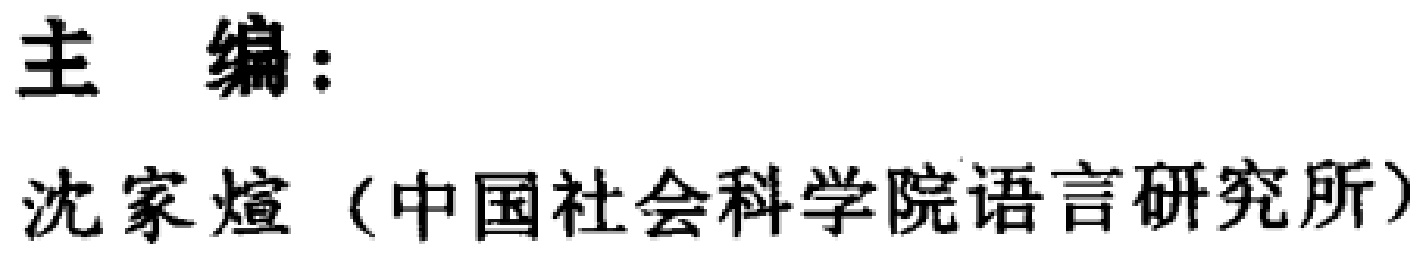
主 编：

沈家煊（中国社会科学院语言研究所）